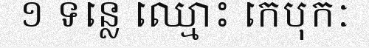
១ ទន្លេ ឈ្មោះ កេបុកៈ